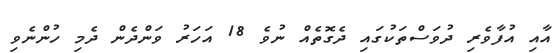
އާއި އުފާވެރި ދުވަސްތަކުގައި ދެގޮތެއް ނުވެ 18 އަހަރު ވަންދެން ދެމި ހުންނެވި